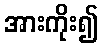
အားကိုး၍